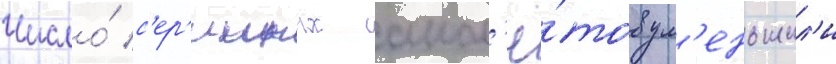
Число́ с'ер'ииных самол'ё́тов ум'еньшил'и